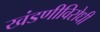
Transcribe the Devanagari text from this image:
खंडणीविरोधी